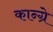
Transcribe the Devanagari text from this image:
कान्ग्रे